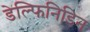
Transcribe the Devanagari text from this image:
डेल्फिनिडिन